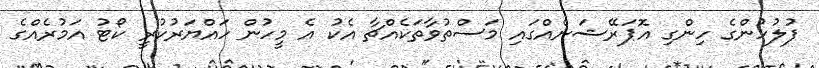
ފުލުހުންގެ ހިންގި އޮޕަރޭޝަނެއްގައި މަސްތުވާތަކެއްޗާ އެކު އެ މީހުން ހައްޔަރުކުރީ ކޯޓު އަމުރެއްގެ